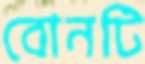
বোনটি